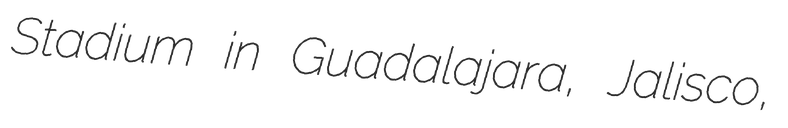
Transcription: Stadium in Guadalajara, Jalisco,